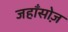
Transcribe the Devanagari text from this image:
जहाँसोज़